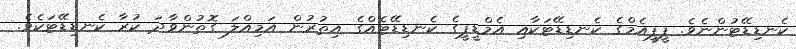
ކެނޑިޑޭޓުންނެވެ. ޕީޕީއެމްގެ ކެނޑިޑޭޓަކާއި އެމްޑީޕީގެ ކެނޑިޑޭޓެއްގެ އިތުރުން އަމިއްލަ ގޮތުންވާދަ ކުރާ ކެނޑިޑޭޓަކެވެ.